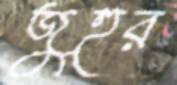
জুহুর